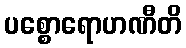
ပစ္စောရောဟဏီတိ